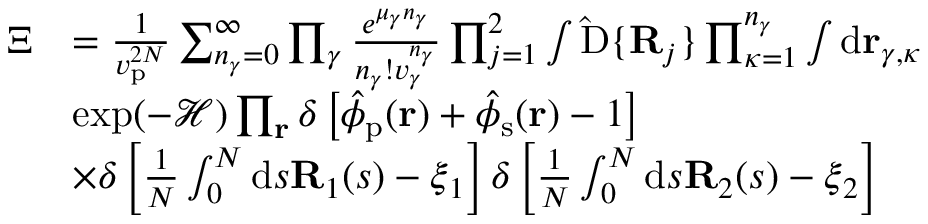
\begin{array} { r l } { \boldsymbol { \Xi } } & { = \frac { 1 } { v _ { \mathrm { p } } ^ { 2 N } } \sum _ { n _ { \gamma } = 0 } ^ { \infty } \prod _ { \gamma } \frac { e ^ { \mu _ { \gamma } n _ { \gamma } } } { n _ { \gamma } ! v _ { \gamma } ^ { n _ { \gamma } } } \prod _ { j = 1 } ^ { 2 } \int \mathrm { \hat { D } } \{ \mathbf { R } _ { j } \} \prod _ { \kappa = 1 } ^ { n _ { \gamma } } \int \mathrm { d } \mathbf { r } _ { \gamma , \kappa } } \\ & { \exp ( - \mathcal { H } ) \prod _ { \mathbf { r } } \delta \left[ \hat { \phi } _ { \mathrm { p } } ( \mathbf { r } ) + \hat { \phi } _ { \mathrm { s } } ( \mathbf { r } ) - 1 \right] } \\ & { \times \delta \left[ \frac { 1 } { N } \int _ { 0 } ^ { N } \mathrm { d } s \mathbf { R } _ { 1 } ( s ) - \boldsymbol { \xi } _ { 1 } \right] \delta \left[ \frac { 1 } { N } \int _ { 0 } ^ { N } \mathrm { d } s \mathbf { R } _ { 2 } ( s ) - \boldsymbol { \xi } _ { 2 } \right] } \end{array}